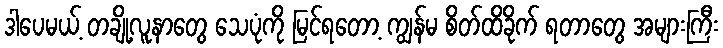
ဒါပေမယ့် တချို့လူနာတွေ သေပုံကို မြင်ရတော့ ကျွန်မ စိတ်ထိခိုက် ရတာတွေ အများကြီး